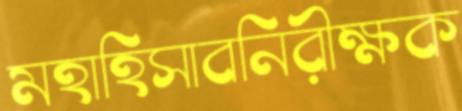
মহাহিসাবনিরীক্ষক